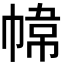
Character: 𭘮